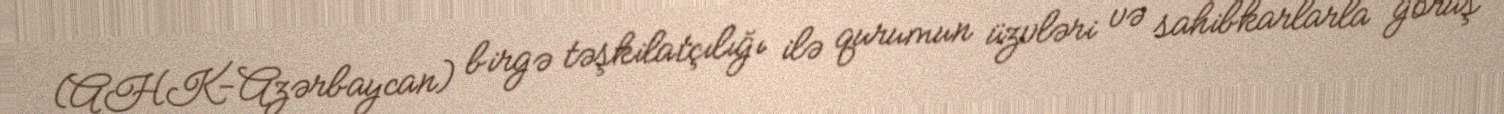
(AHK-Azərbaycan) birgə təşkilatçılığı ilə qurumun üzvləri və sahibkarlarla görüş